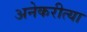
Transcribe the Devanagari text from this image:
अनेकरीत्या